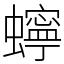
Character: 䗿